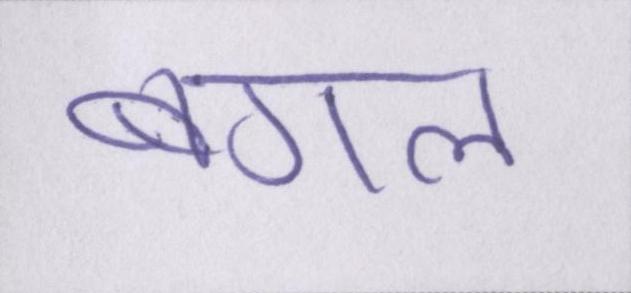
बगल